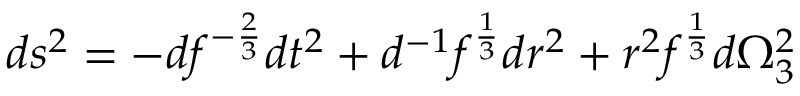
d s ^ { 2 } = - d f ^ { - { \frac { 2 } { 3 } } } d t ^ { 2 } + d ^ { - 1 } f ^ { \frac { 1 } { 3 } } d r ^ { 2 } + r ^ { 2 } f ^ { \frac { 1 } { 3 } } d \Omega _ { 3 } ^ { 2 }